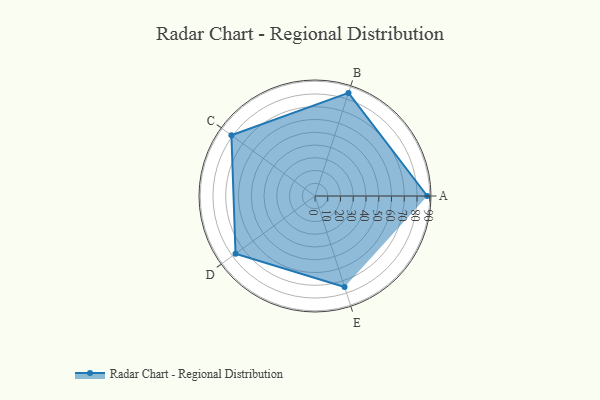
{"axis": {"x": "Skill", "y": "Score"}, "legend": ["Profile"], "data": [{"x": "A", "y": 88.0, "type": "Profile"}, {"x": "B", "y": 85.0, "type": "Profile"}, {"x": "C", "y": 81.0, "type": "Profile"}, {"x": "D", "y": 77.0, "type": "Profile"}, {"x": "E", "y": 75.0, "type": "Profile"}]}